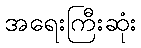
အရေးကြီးဆုံး